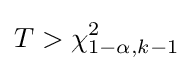
T>\chi _{1-\alpha ,k-1}^{2}